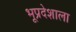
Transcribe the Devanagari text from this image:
भूप्रदेशाला